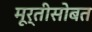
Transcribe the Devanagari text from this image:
मूर्तीसोबत